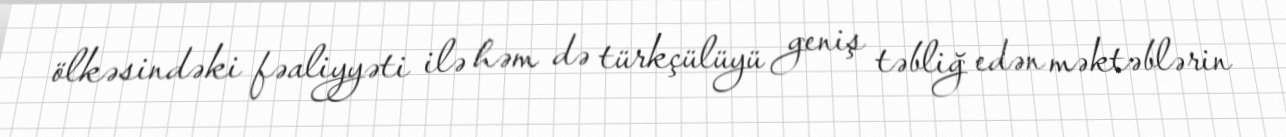
ölkəsindəki fəaliyyəti ilə həm də türkçülüyü geniş təbliğ edən məktəblərin